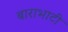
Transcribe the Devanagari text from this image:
बाराभाटी